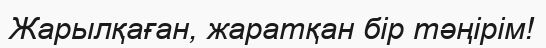
Жарылқаған, жаратқан бір тәңірім!